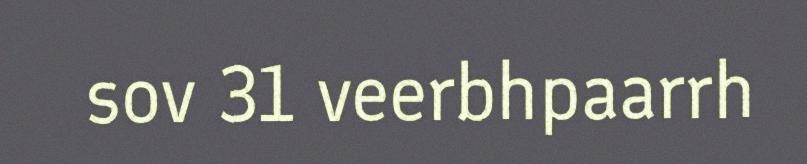
sov 31 veerbhpaarrh